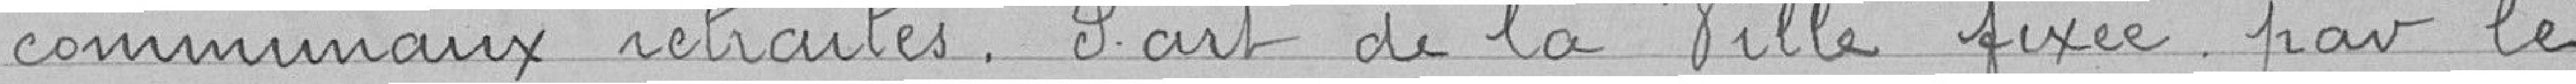
communaux retraités. Part de la Ville fixée par le